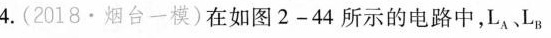
4.(2018·烟台一模)在如图2-44所示的电路中，L_{A}、L_{B}